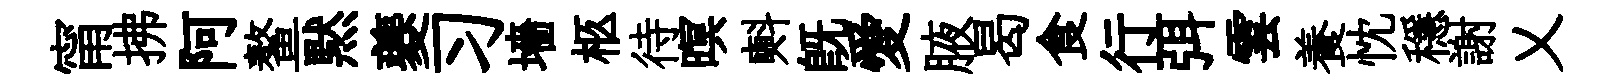
甯拂阿鳌黙夔习墻柩待暝㪺既愛腋曷食行弭雲養忱穩謝乂